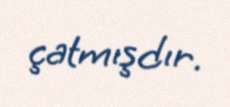
çatmışdır.